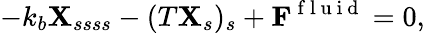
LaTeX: -k_{b}{\mathbf{X}}_{ssss}-(T{\mathbf{X}}_{s})_{s}+\mathbf{F}^{\mathrm{~f~l~u~i~d~}}=0,